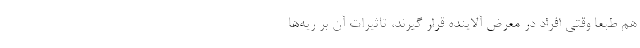
هم طبعا وقتی افراد در معرض آلاینده قرار گیرند، تاثیرات آن بر ریه‌ها